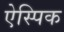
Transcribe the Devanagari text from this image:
ऐस्पिक